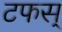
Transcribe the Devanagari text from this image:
टफस्